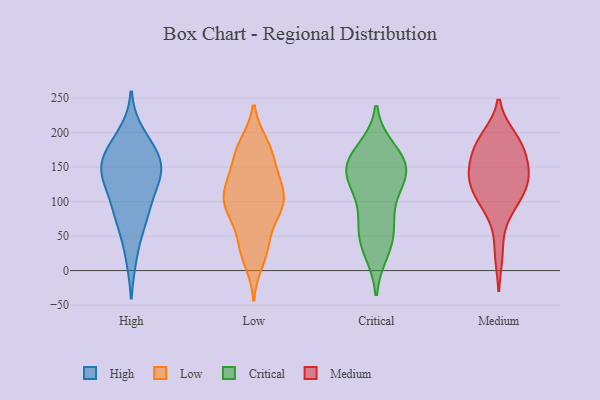
{"axis": {"x": "Net Income (USD K)", "y": "Value"}, "legend": ["Critical", "High", "Low", "Medium"], "data": [{"x": "", "y": 153, "type": "High"}, {"x": "", "y": 131, "type": "High"}, {"x": "", "y": 136, "type": "High"}, {"x": "", "y": 149, "type": "High"}, {"x": "", "y": 21, "type": "High"}, {"x": "", "y": 161, "type": "High"}, {"x": "", "y": 111, "type": "High"}, {"x": "", "y": 198, "type": "High"}, {"x": "", "y": 138, "type": "High"}, {"x": "", "y": 82, "type": "High"}, {"x": "", "y": 176, "type": "High"}, {"x": "", "y": 82, "type": "High"}, {"x": "", "y": 69, "type": "High"}, {"x": "", "y": 177, "type": "High"}, {"x": "", "y": 127, "type": "Low"}, {"x": "", "y": 33, "type": "Low"}, {"x": "", "y": 184, "type": "Low"}, {"x": "", "y": 132, "type": "Low"}, {"x": "", "y": 30, "type": "Low"}, {"x": "", "y": 84, "type": "Low"}, {"x": "", "y": 177, "type": "Low"}, {"x": "", "y": 81, "type": "Low"}, {"x": "", "y": 97, "type": "Low"}, {"x": "", "y": 158, "type": "Low"}, {"x": "", "y": 43, "type": "Low"}, {"x": "", "y": 123, "type": "Low"}, {"x": "", "y": 12, "type": "Low"}, {"x": "", "y": 81, "type": "Low"}, {"x": "", "y": 122, "type": "Low"}, {"x": "", "y": 160, "type": "Low"}, {"x": "", "y": 105, "type": "Low"}, {"x": "", "y": 182, "type": "Low"}, {"x": "", "y": 104, "type": "Low"}, {"x": "", "y": 93, "type": "Low"}, {"x": "", "y": 132, "type": "Critical"}, {"x": "", "y": 149, "type": "Critical"}, {"x": "", "y": 128, "type": "Critical"}, {"x": "", "y": 59, "type": "Critical"}, {"x": "", "y": 36, "type": "Critical"}, {"x": "", "y": 28, "type": "Critical"}, {"x": "", "y": 154, "type": "Critical"}, {"x": "", "y": 144, "type": "Critical"}, {"x": "", "y": 155, "type": "Critical"}, {"x": "", "y": 113, "type": "Critical"}, {"x": "", "y": 81, "type": "Critical"}, {"x": "", "y": 58, "type": "Critical"}, {"x": "", "y": 168, "type": "Critical"}, {"x": "", "y": 175, "type": "Critical"}, {"x": "", "y": 124, "type": "Medium"}, {"x": "", "y": 141, "type": "Medium"}, {"x": "", "y": 152, "type": "Medium"}, {"x": "", "y": 86, "type": "Medium"}, {"x": "", "y": 176, "type": "Medium"}, {"x": "", "y": 145, "type": "Medium"}, {"x": "", "y": 183, "type": "Medium"}, {"x": "", "y": 144, "type": "Medium"}, {"x": "", "y": 93, "type": "Medium"}, {"x": "", "y": 25, "type": "Medium"}, {"x": "", "y": 126, "type": "Medium"}, {"x": "", "y": 193, "type": "Medium"}, {"x": "", "y": 193, "type": "Medium"}, {"x": "", "y": 111, "type": "Medium"}, {"x": "", "y": 176, "type": "Medium"}, {"x": "", "y": 117, "type": "Medium"}]}